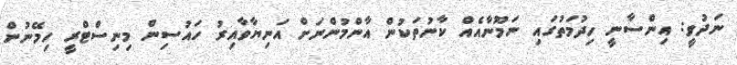
ނަދުވީ: އިންސާނީ ހިދުމަތުގައި ނަމޫނާއެއް ކާނުތަކުން އާންމުންނަށް އަނިޔާވާއިރު ހައުސިން މިނިސްޓްރީ ހިމޭނުން